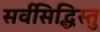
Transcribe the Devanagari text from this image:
सर्वसिद्धिस्तु